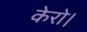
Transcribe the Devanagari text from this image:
केरो।